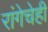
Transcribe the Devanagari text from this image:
रांगेचेही